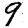
Digit: 9